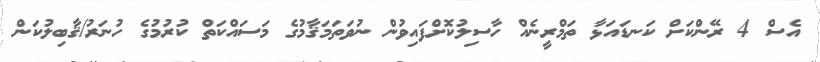
އެސް 4 ރޭންކަށް ކަނޑައަޅާ ތަމްރީނެއް ހާސިލުކޮށްފައިވުން ނުވަތަމަޤާމުގެ މަސައްކަތް ކުރުމުގެ ހުނަރު/ޤާބިލުކަން